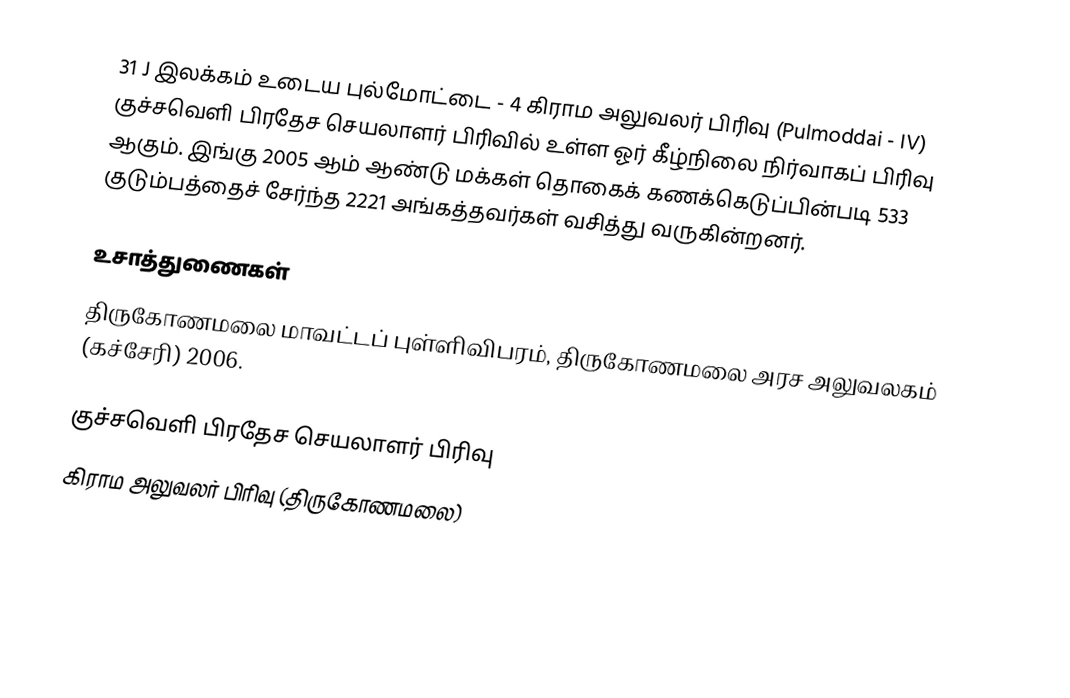
31 J இலக்கம்  உடைய புல்மோட்டை - 4 கிராம அலுவலர் பிரிவு (Pulmoddai - IV) குச்சவெளி பிரதேச செயலாளர் பிரிவில் உள்ள ஓர் கீழ்நிலை நிர்வாகப் பிரிவு ஆகும். இங்கு 2005 ஆம் ஆண்டு மக்கள் தொகைக் கணக்கெடுப்பின்படி 533 குடும்பத்தைச் சேர்ந்த 2221 அங்கத்தவர்கள் வசித்து வருகின்றனர்.

உசாத்துணைகள்
திருகோணமலை மாவட்டப் புள்ளிவிபரம்,  திருகோணமலை அரச அலுவலகம் (கச்சேரி) 2006.

குச்சவெளி பிரதேச செயலாளர் பிரிவு
கிராம அலுவலர் பிரிவு (திருகோணமலை)